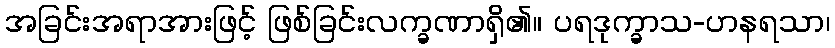
အခြင်းအရာအားဖြင့် ဖြစ်ခြင်းလက္ခဏာရှိ၏။ ပရဒုက္ခာသ-ဟနရသာ၊